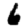
Digit: 6